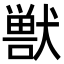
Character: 獣